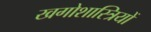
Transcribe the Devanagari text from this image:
खगोशास्त्रियों